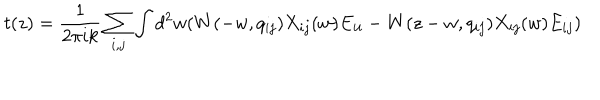
LaTeX: t ( z ) = \frac 1 { 2 \pi i k } \sum _ { i , j } \int d ^ { 2 } w ( W ( - w , q _ { i j } ) X _ { i j } ( w ) E _ { i i } - W ( z - w , q _ { i j } ) X _ { i j } ( w ) E _ { i j } )